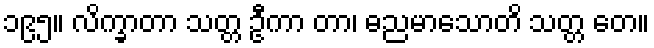
၁၉၅။ လိက္ခာတာ သတ္တ ဦကာ တာ၊ ဓညမာသောတိ သတ္တ တေ။